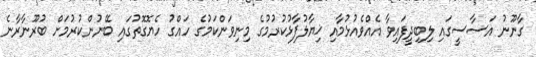
ގާނޫނު އަސާސީގައި ލިބިދީފައިވާ އެއްވެއުޅުމާއި ޚިޔާލުފާޅުކުރުމުގެ މިނިވަންކަމުގެ ހައްގު ހެޔޮގޮތުގައި ބޭނުންކުރުމަށް ބުރޫނާރާނެ